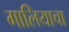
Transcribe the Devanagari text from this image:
गालियाचा